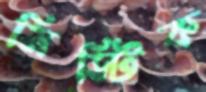
মিস্টিক